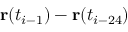
\mathbf { r } ( t _ { i - 1 } ) - \mathbf { r } ( t _ { i - 2 4 } )